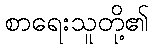
စာရေးသူတို့၏